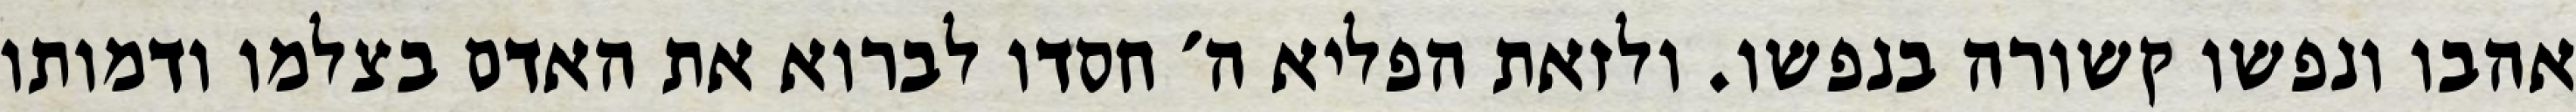
אהבו ונפשו קשורה בנפשו. ולזאת הפליא ה׳ חסדו לברוא את האדם בצלמו ודמותו